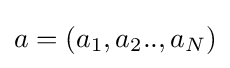
a=(a_{1},a_{2}..,a_{N})